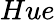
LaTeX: Hue